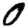
Digit: 0